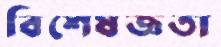
বিশেষজ্ঞতা